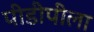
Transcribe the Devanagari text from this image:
पीडीपीला